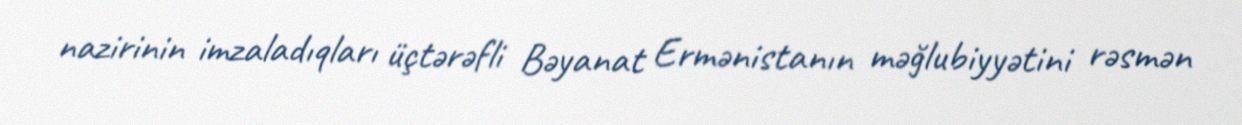
nazirinin imzaladıqları üçtərəfli Bəyanat Ermənistanın məğlubiyyətini rəsmən